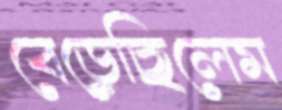
বেড়েছিলেম